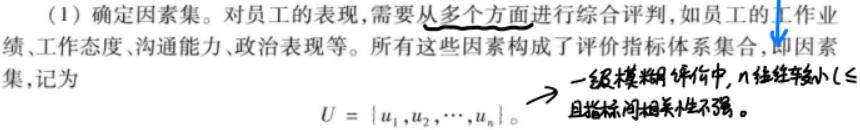
(1) 确定因素集。对员工的表现，需要从多个方面进行综合评判，如员工的工作业绩、工作态度、沟通能力、政治表现等。所有这些因素构成了评价指标体系集合，即因素集，记为
\[
U = \{u_1,u_2,\cdots,u_n\}
\]
一级模糊评价中，n往往较小（且指标间相关性不强）。